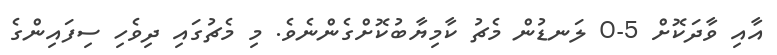
އާއި ވާދަކޮށް 5-0 ލަނޑުން މެޗު ކާމިޔާބުކޮށްގެންނެވެ. މި މެޗުގައި ދިވެހި ސިފައިންގެ